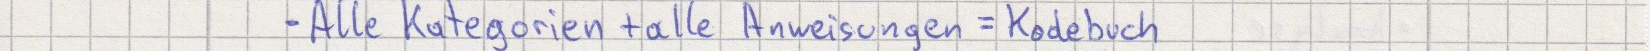
- Alle Kategorien + alle Anweisungen = Kodebuch